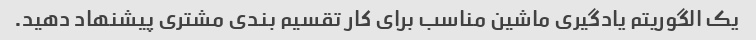
یک الگوریتم یادگیری ماشین مناسب برای کار تقسیم بندی مشتری پیشنهاد دهید.